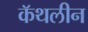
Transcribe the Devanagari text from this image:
कॅथलीन